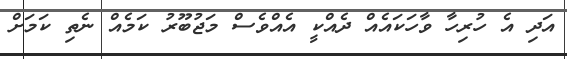
އަދި އެ ހުރިހާ ވާހަކައެއް ދެއްކީ އެއްވެސް މަޖުބޫރު ކަމެއް ނެތި ކަމަށް